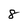
Character: 8